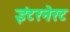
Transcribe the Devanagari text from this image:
इंटरनेरट